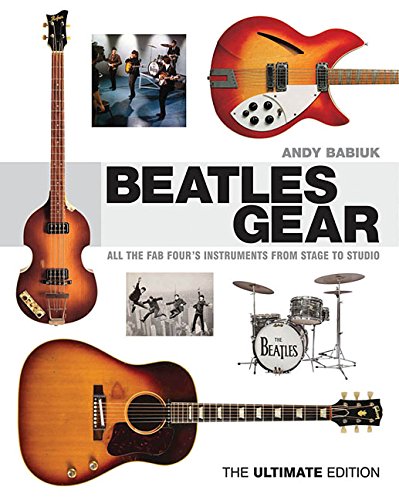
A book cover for Beatles Gear: All the Fab Four's Instruments from Stage to Studio - The Ultimate Edition; Andy Babiuk; Humor & Entertainment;